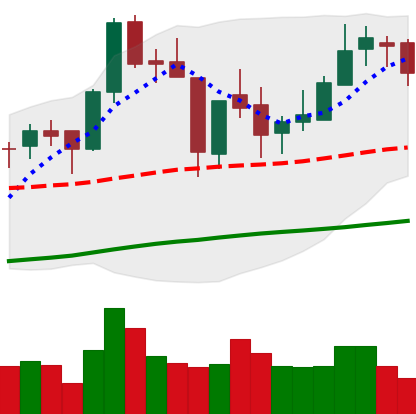
Ticker: BNB-USD
Chart end date: 2018-06-20
Forward return: -7.104%
Label: down_7plus